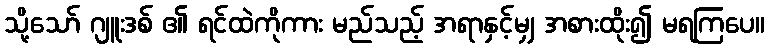
သို့သော် ဂျူးဒစ် ၏ ရင်ထဲကိုကား မည်သည့် အရာနှင့်မျှ အစားထိုး၍ မရကြပေ။